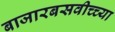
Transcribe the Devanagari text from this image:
बाजारबसवीच्च्या